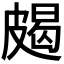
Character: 𱲅